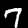
Label: 7